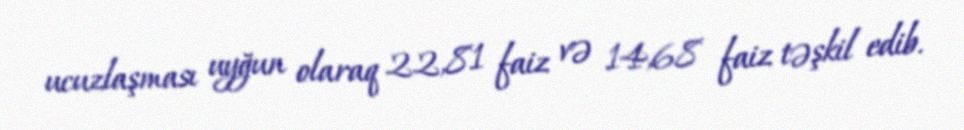
ucuzlaşması uyğun olaraq 22,81 faiz və 14,68 faiz təşkil edib.